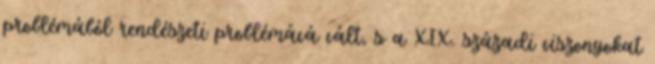
problémából rendészeti problémává vált, s a XIX. századi viszonyokat